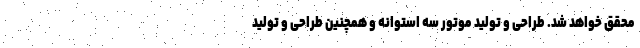
محقق خواهد شد. طراحی و تولید موتور سه استوانه و همچنین طراحی و تولید